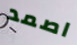
اصمد